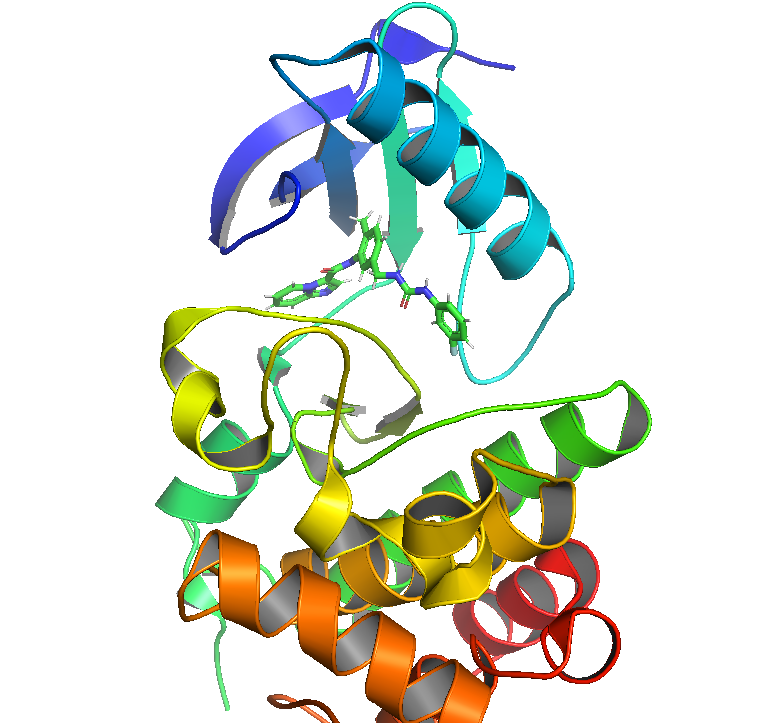
pymol, preset publication